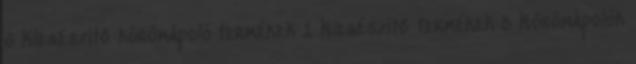
6 Kiegészítő körömápoló termékek 1 Kiegészítő termékek 5 Körömápolók